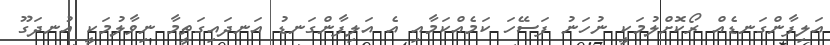
އަލިފާންގަނޑެއް ރޯކޮށްލުމަކީ ނުހަނު ފަސޭހަ ކަމެއްކަމާއި އެ އަލިފާންގަނޑު އަނދައިގަތީމާ ނިވާލުމަކީ އުނދަގޫ